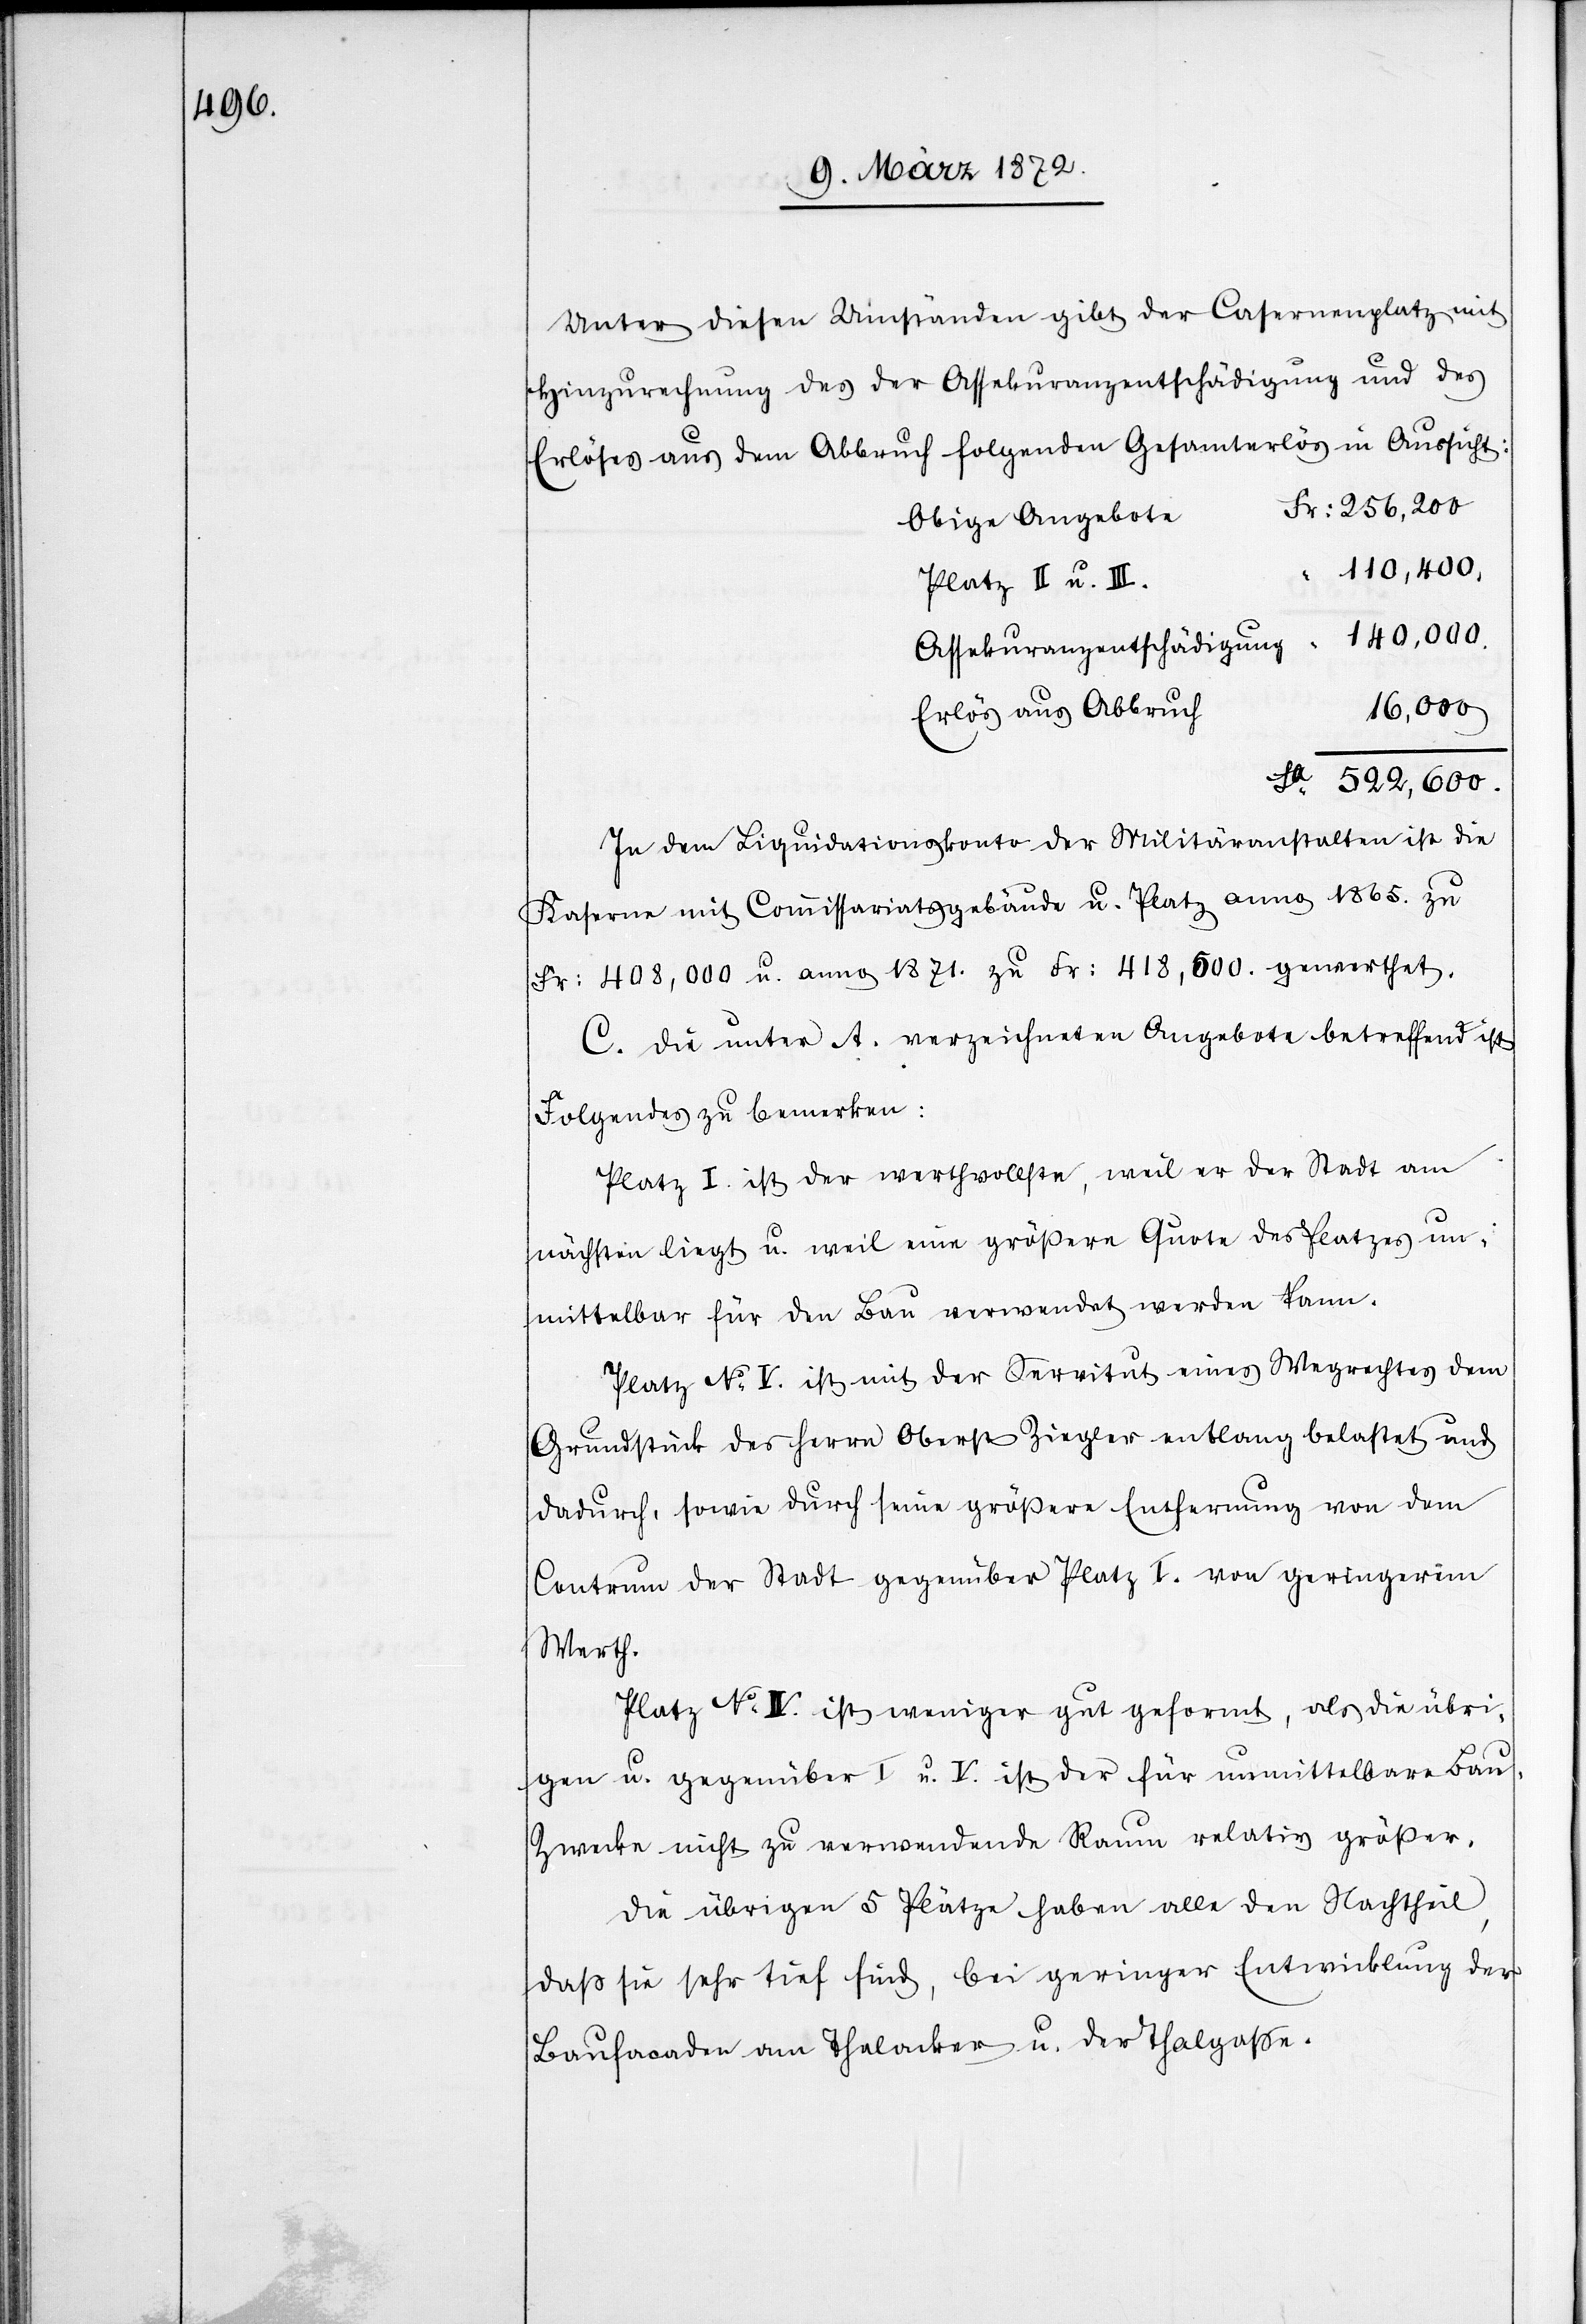
Unter diesen Umständen gibt der Casernenplatz mit
Hinzurechnung des der Assekuranzentschädigung und des
Erlöses aus dem Abbruch folgenden Gesamterlös in Aussicht:
Fr: 256,200
Obige Angebote
“
110,400.
Platz II u. III.
16,000
Erlös aus Abbruch
In dem Liquidationskonto der Militäranstalten ist die
Kaserne mit Commissariatsgebäude u. Platz anno 1865. zu
Fr: 408,000 u. anno 1871. zu Fr: 418,500. gewerthet.
C. Die unter A. verzeichneten Angebote betreffend ist
Folgendes zu bemerken:
Platz I. ist der werthvollste, weil er der Stadt am
nächsten liegt u. weil eine größere Quote der Platzes un¬
mittelbar für den Bau verwendet werden kann.
Platz No V. ist mit der Servitut eines Wegrechtes dem
Grundstück des Herrn Oberst Ziegler entlang belastet und
dadurch, sowie durch seine größere Entfernung von dem
Centrum der Stadt gegenüber Platz I. von geringerem
Werth.
Platz No IV. ist weniger gut geformt, als die übri¬
gen u. gegenüber I. u. V. ist der für unmittelbare Bau¬
zwecke nicht zu verwendende Raum relativ größer.
Die übrigen 5 Plätze haben alle den Nachtheil,
daß sie sehr tief sind, bei geringer Entwicklung der
Baufacaden am Thalacker u. der Thalgasse.